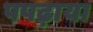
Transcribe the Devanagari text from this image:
पपढ़ाया